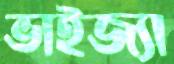
ভাইজ্যা